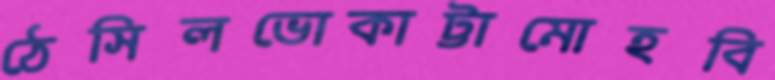
ঠেসিলভোকাট্টামোহবি